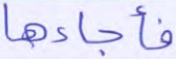
فأجاءها